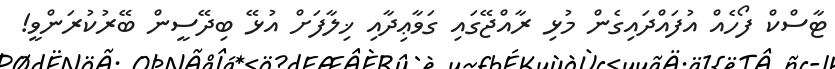
ޓާސްކް ފޯހެއް އުފައްދައިގެން މުޅި ރާއްޖޭގައި ގަވާޢިދާއި ޚިލާފަށް އުޅޭ ބިދޭސީން ބޭރުކުރަންވީ!